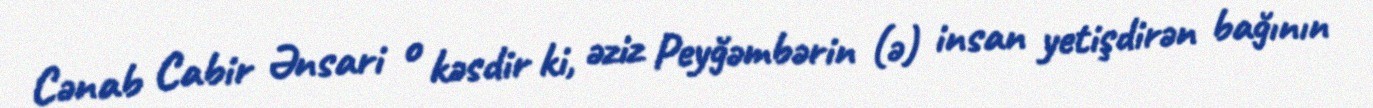
Cənab Cabir Ənsari o kəsdir ki, əziz Peyğəmbərin (ə) insan yetişdirən bağının